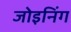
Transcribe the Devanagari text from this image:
जोइनिंग